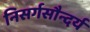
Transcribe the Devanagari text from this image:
निसर्गसौन्दर्य